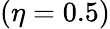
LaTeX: (\eta=0.5)